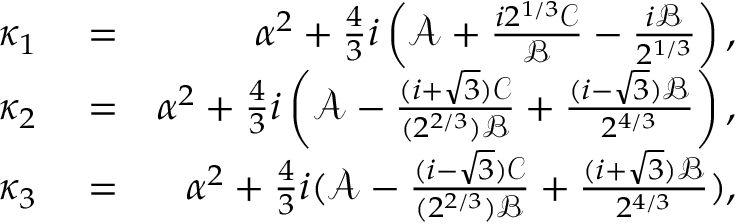
\begin{array} { r l r } { \kappa _ { 1 } } & { { } = } & { \alpha ^ { 2 } + \frac { 4 } { 3 } i \left( \mathcal { A } + \frac { i 2 ^ { 1 / 3 } \mathcal { C } } { \mathcal { B } } - \frac { i \mathcal { B } } { 2 ^ { 1 / 3 } } \right) , } \\ { \kappa _ { 2 } } & { { } = } & { \alpha ^ { 2 } + \frac { 4 } { 3 } i \left( \mathcal { A } - \frac { ( i + \sqrt { 3 } ) \mathcal { C } } { ( 2 ^ { 2 / 3 } ) \mathcal { B } } + \frac { ( i - \sqrt { 3 } ) \mathcal { B } } { 2 ^ { 4 / 3 } } \right) , } \\ { \kappa _ { 3 } } & { { } = } & { \alpha ^ { 2 } + \frac { 4 } { 3 } i ( \mathcal { A } - \frac { ( i - \sqrt { 3 } ) \mathcal { C } } { ( 2 ^ { 2 / 3 } ) \mathcal { B } } + \frac { ( i + \sqrt { 3 } ) \mathcal { B } } { 2 ^ { 4 / 3 } } ) , } \end{array}